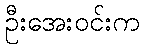
ဦးအေးဝင်းက